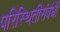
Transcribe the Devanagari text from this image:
परिस्थितीसंबंधी